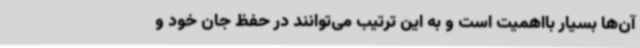
آن‌ها بسیار بااهمیت است و به این ترتیب می‌توانند در حفظ جان خود و